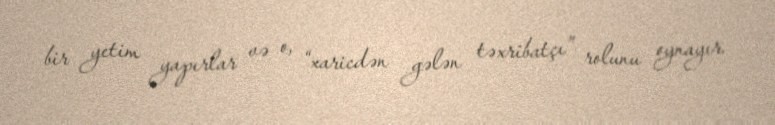
bir yetim yapırlar və o, “xaricdən gələn təxribatçı” rolunu oynayır.